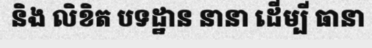
និង លិខិត បទដ្ឋាន នានា ដើម្បី ធានា